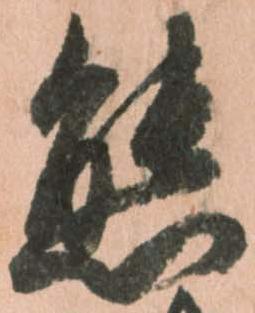
態